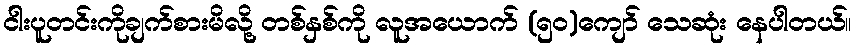
ငါးပူတင်းကိုချက်စားမိလို့ တစ်နှစ်ကို လူအယောက် (၅၀)ကျော် သေဆုံး နေပါတယ်။